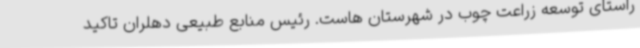
راستای توسعه زراعت چوب در شهرستان هاست. رئیس منابع طبیعی دهلران تاکید